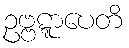
ဥဗ္ဗဋ္ဋာပေတိ